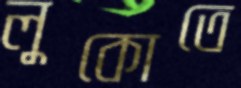
লুকোতে